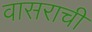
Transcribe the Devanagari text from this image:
वासराची